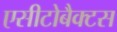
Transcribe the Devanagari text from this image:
एसीटोबैक्टस